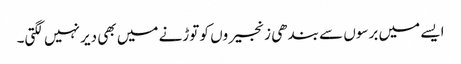
ایسے میں برسوں سے بندھی زنجیروں کو توڑنے میں بھی دیر نہیں لگتی۔